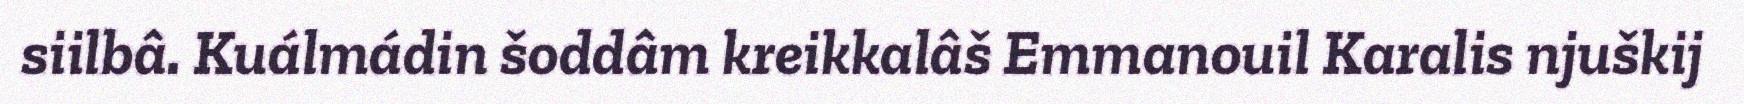
siilbâ. Kuálmádin šoddâm kreikkalâš Emmanouil Karalis njuškij